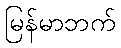
မြန်မာဘက်